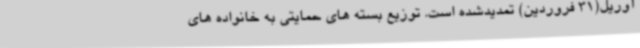
آوریل(31 فروردین) تمدیدشده است. توزیع بسته های حمایتی به خانواده های